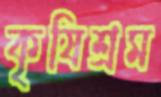
কৃষিশ্রম